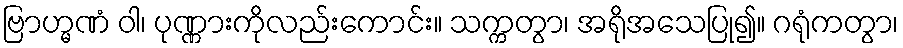
ဗြာဟ္မဏံ ဝါ၊ ပုဏ္ဏားကိုလည်းကောင်း။ သက္ကတွာ၊ အရိုအသေပြု၍။ ဂရုံကတွာ၊